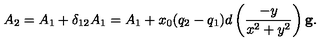
A _ { 2 } = A _ { 1 } + \delta _ { 1 2 } A _ { 1 } = A _ { 1 } + x _ { 0 } ( q _ { 2 } - q _ { 1 } ) d \left( \frac { - y } { x ^ { 2 } + y ^ { 2 } } \right) \mathbf { g } .